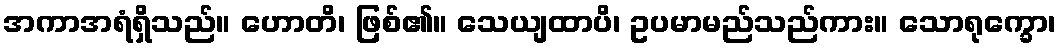
အကာအရံရှိသည်။ ဟောတိ၊ ဖြစ်၏။ သေယျထာပိ၊ ဥပမာမည်သည်ကား။ သောရုက္ခော၊